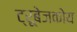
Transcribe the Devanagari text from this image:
ट्रूबेजकोय